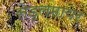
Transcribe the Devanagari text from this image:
सेड्लमायर